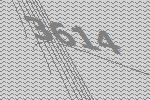
3614